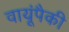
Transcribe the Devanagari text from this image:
वायूंपैकी